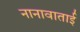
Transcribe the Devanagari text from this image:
नानावाताई